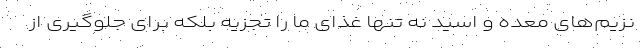
نزیم‌های معده و اسید نه تنها غذای ما را تجزیه بلکه برای جلوگیری از